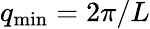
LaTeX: q_{\mathrm{min}}=2\pi/L